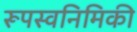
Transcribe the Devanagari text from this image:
रूपस्वनिमिकी